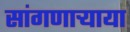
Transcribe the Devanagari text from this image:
सांगणार्‍याया